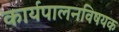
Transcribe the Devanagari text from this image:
कार्यपालनविषयक